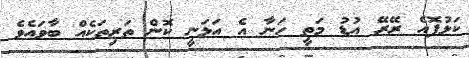
ކަޅުފޮއެ ރޭރޭ އުޑު މަތީ ހަނާ އެ އަޅަނީ ކޮން ތަރިތަކެއް ބާވައެވެ